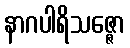
နာဂပါရိသဇ္ဇော